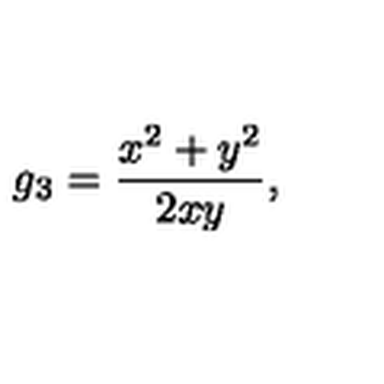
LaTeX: g _ { 3 } = \frac { x ^ { 2 } + y ^ { 2 } } { 2 x y } ,